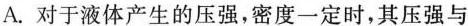
A.对于液体产生的压强，密度一定时，其压强与